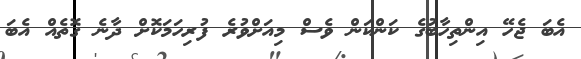
އެބަ ޖެހޭ އިންތިހާބުގެ ކަންކަން ވެސް މިއަށްވުރެ ފުރިހަމަކޮށް ދާނެ ގޮތެއް އެބަ